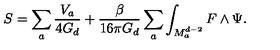
S = \sum _ { a } \frac { V _ { a } } { 4 G _ { d } } + \frac { \beta } { 1 6 \pi G _ { d } } \sum _ { a } \int _ { M _ { a } ^ { d - 2 } } F \wedge \Psi .